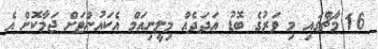
16 މާޗްގައި މި ވަރުގެ ބޮޑު އަދަދެއް މިލީނިއަމް އެކައުންޓަށް ޖަމާކޮށް އެ